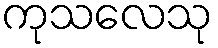
ကုသလေသု